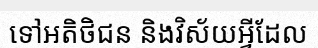
ទៅអតិថិជន និងវិស័យអ្វីដែល